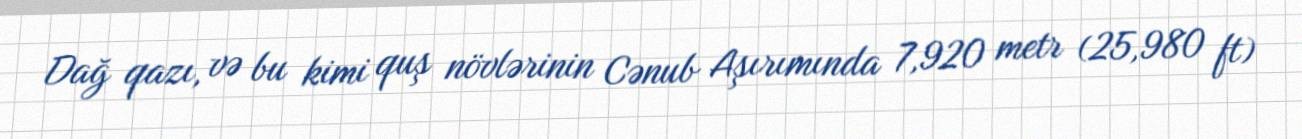
Dağ qazı, və bu kimi quş növlərinin Cənub Aşırımında 7,920 metr (25,980 ft)